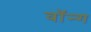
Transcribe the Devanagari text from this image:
वॉन्ग